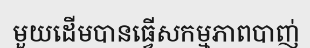
មួយដើមបានធ្វើសកម្មភាពបាញ់